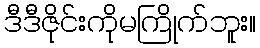
ဒီဒီဇိုင်းကိုမကြိုက်ဘူး။